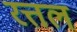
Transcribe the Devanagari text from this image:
रत्तल